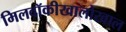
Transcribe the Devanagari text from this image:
मिलवॉकीखालोखाल